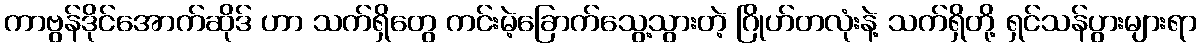
ကာဗွန်ဒိုင်အောက်ဆိုဒ် ဟာ သက်ရှိတွေ ကင်းမဲ့ခြောက်သွေ့သွားတဲ့ ဂြိုဟ်တလုံးနဲ့ သက်ရှိတို့ ရှင်သန်ပွားများရာ